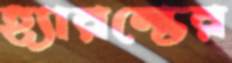
হ্যারল্ডের